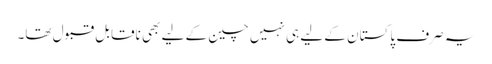
یہ صرف پاکستان کے لیے ہی نہیں چین کے لیے بھی ناقابل قبول تھا۔